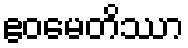
ဧဝမေတိဿာ